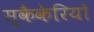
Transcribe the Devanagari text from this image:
स्कैकेरियो